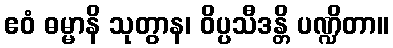
ဧဝံ ဓမ္မာနိ သုတွာန၊ ဝိပ္ပသီဒန္တိ ပဏ္ဍိတာ။